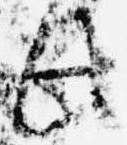
此